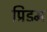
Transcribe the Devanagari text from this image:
प्रिडम